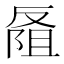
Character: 𪠭